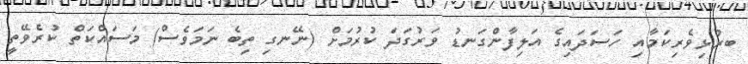
ބރުޅިވެރިކަމާއި ހަސަދައިގެ އަލިފާންގަނޑު ވަރުގަދަ ކުރުމަށް (ނޭނގި ތިބެ ނަމަވެސް) މަސައްކަތް ކުރެވޭތީ